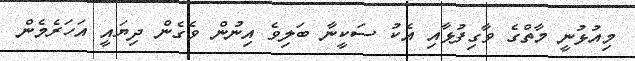
މިއުޅުނީ މާތްގެ ވާގިފުޅާއި އެކު ސަކީނާ ބަލިވެ އިނުން ވެގެން ދިޔައީ އަހަރެމެން